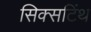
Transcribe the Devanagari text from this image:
सिक्सटिंथ